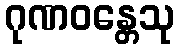
ဂုဏဝန္တေသု